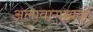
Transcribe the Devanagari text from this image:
अलावागायकों